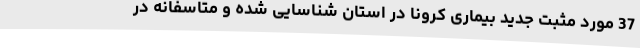
37 مورد مثبت جدید بیماری کرونا در استان شناسایی شده و متاسفانه در